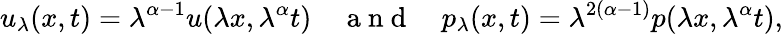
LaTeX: u_{\lambda}(x,t)=\lambda^{\alpha-1}u(\lambda x,\lambda^{\alpha}t)\quad\mathrm{~a~n~d~}\quad p_{\lambda}(x,t)=\lambda^{2(\alpha-1)}p(\lambda x,\lambda^{\alpha}t),